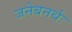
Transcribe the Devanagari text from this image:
जनेबनर्थः